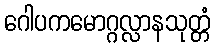
ဂေါပကမောဂ္ဂလ္လာနသုတ္တံ